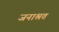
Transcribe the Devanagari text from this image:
जनाश्रत